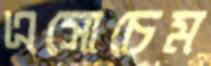
এসোচেম